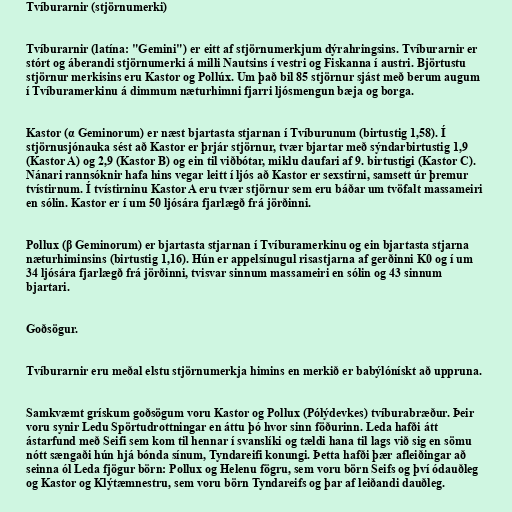
Tvíburarnir (stjörnumerki)

Tvíburarnir (latína: "Gemini") er eitt af stjörnumerkjum dýrahringsins. Tvíburarnir er
stórt og áberandi stjörnumerki á milli Nautsins í vestri og Fiskanna í austri. Björtustu
stjörnur merkisins eru Kastor og Pollúx. Um það bil 85 stjörnur sjást með berum augum
í Tvíburamerkinu á dimmum næturhimni fjarri ljósmengun bæja og borga.

Kastor (α Geminorum) er næst bjartasta stjarnan í Tvíburunum (birtustig 1,58). Í
stjörnusjónauka sést að Kastor er þrjár stjörnur, tvær bjartar með sýndarbirtustig 1,9
(Kastor A) og 2,9 (Kastor B) og ein til viðbótar, miklu daufari af 9. birtustigi (Kastor C).
Nánari rannsóknir hafa hins vegar leitt í ljós að Kastor er sexstirni, samsett úr þremur
tvístirnum. Í tvístirninu Kastor A eru tvær stjörnur sem eru báðar um tvöfalt massameiri
en sólin. Kastor er í um 50 ljósára fjarlægð frá jörðinni.

Pollux (β Geminorum) er bjartasta stjarnan í Tvíburamerkinu og ein bjartasta stjarna
næturhiminsins (birtustig 1,16). Hún er appelsínugul risastjarna af gerðinni K0 og í um
34 ljósára fjarlægð frá jörðinni, tvisvar sinnum massameiri en sólin og 43 sinnum
bjartari.

Goðsögur.

Tvíburarnir eru meðal elstu stjörnumerkja himins en merkið er babýlónískt að uppruna.

Samkvæmt grískum goðsögum voru Kastor og Pollux (Pólýdevkes) tvíburabræður. Þeir
voru synir Ledu Spörtudrottningar en áttu þó hvor sinn föðurinn. Leda hafði átt
ástarfund með Seifi sem kom til hennar í svanslíki og tældi hana til lags við sig en sömu
nótt sængaði hún hjá bónda sínum, Tyndareifi konungi. Þetta hafði þær afleiðingar að
seinna ól Leda fjögur börn: Pollux og Helenu fögru, sem voru börn Seifs og því ódauðleg
og Kastor og Klýtæmnestru, sem voru börn Tyndareifs og þar af leiðandi dauðleg.